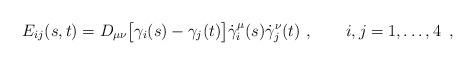
LaTeX: \begin{align*}E_{ij}(s,t) = D_{\mu \nu}\bigl[ \gamma_i(s) -\gamma_j(t) \bigr]\dot\gamma_i^\mu(s) \dot\gamma_j^\nu(t) \ , \qquad i,j=1,\dots ,4\ \, ,\end{align*}